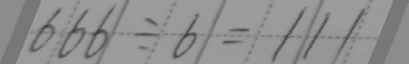
6 6 6 \div 6 = 1 1 1